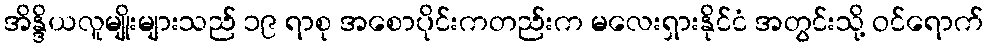
အိန္ဒိယလူမျိုးများသည် ၁၉ ရာစု အစောပိုင်းကတည်းက မလေးရှားနိုင်ငံ အတွင်းသို့ ဝင်ရောက်